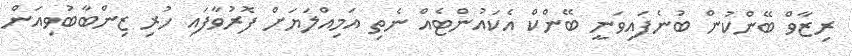
ރިޒާވް ބޭންކުން ބުނެފައިވަނީ ބޭންކް އެކައުންޓެއް ނެތި އަމިއްލަޔަށް ފޮރުވާފައި ހުރި ޒިންބާބުވިއަން